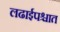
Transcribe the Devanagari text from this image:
लढाईपश्चात